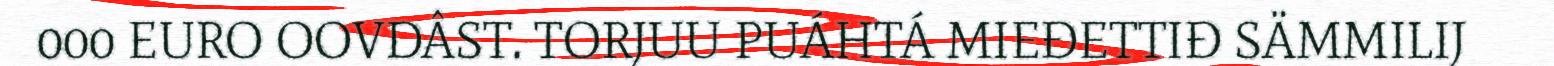
000 EURO OOVDÂST. TORJUU PUÁHTÁ MIEĐETTIĐ SÄMMILIJ